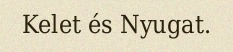
Kelet és Nyugat.